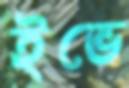
ইভে